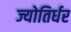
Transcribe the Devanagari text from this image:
ज्योतिर्धर